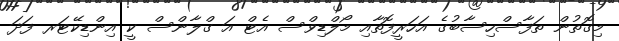
މިގޮތުން ތަފާސްހިސާބުގެ އަހަރީފޮތާއި މޯލްޑިވްސް އެޓް އަ ގްލާންސް ކީ އިންޑިކޭޓަރ ފަދަ